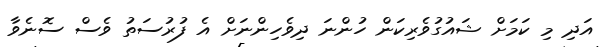
އަދި މި ކަމަށް ޝައުގުވެރިކަން ހުންނަ ދިވެހިންނަށް އެ ފުރުސަތު ވެސް ސޮނެވާ